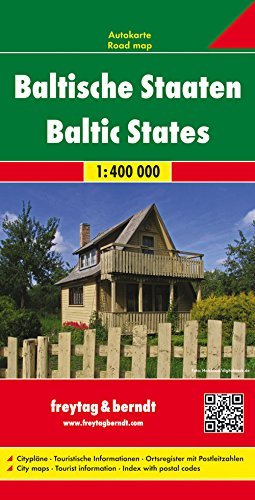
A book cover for By Freytag-Berndt und Artaria Baltics - Estonia/Latvia/Lithuania (English, German, French, Italian and Spanish Edition) [Map]; Travel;